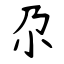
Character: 尕